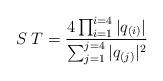
LaTeX: \begin{align*}S\;T = { 4 \prod_{i=1}^{i=4}|q_{(i)}| \over\sum_{j=1}^{j=4}|q_{(j)}|^2}\end{align*}